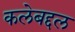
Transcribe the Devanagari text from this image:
कलेबद्दल